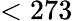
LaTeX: <273